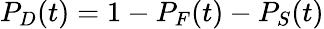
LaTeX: P_{D}(t)=1-P_{F}(t)-P_{S}(t)